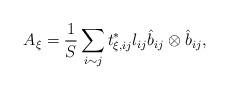
LaTeX: \begin{align*}A_\xi = \frac{1}{S} \sum_{i \sim j} t^*_{\xi, ij} l_{ij} \hat{b}_{ij} \otimes \hat{b}_{ij},\end{align*}